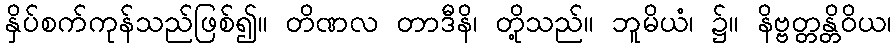
နှိပ်စက်ကုန်သည်ဖြစ်၍။ တိဏလ တာဒီနိ၊ တို့သည်။ ဘူမိယံ၊ ၌။ နိဗ္ဗတ္တန္တိဝိယ၊